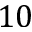
1 0